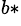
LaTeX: ^{b*}